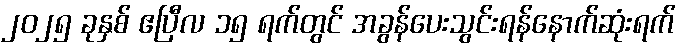
၂၀၂၅ ခုနှစ် ဧပြီလ ၁၅ ရက်တွင် အခွန်ပေးသွင်းရန်နောက်ဆုံးရက်